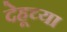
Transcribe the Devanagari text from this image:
देहूच्या